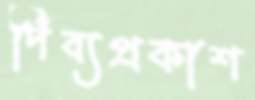
দিব্যপ্রকাশ